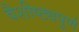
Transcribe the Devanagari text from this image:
वैशीष्ट्यपूर्ण